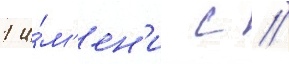
1 и́м'ен'и с //